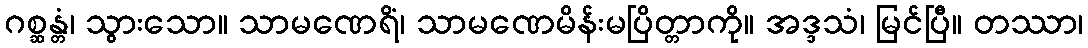
ဂစ္ဆန္တံ၊ သွားသော။ သာမဏေရိံ၊ သာမဏေမိန်းမပြိတ္တာကို။ အဒ္ဒသံ၊ မြင်ပြီ။ တဿာ၊